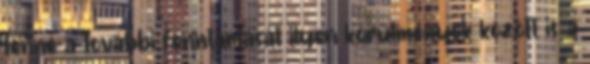
tenné a további fenntartását ilyen körülmények között is a